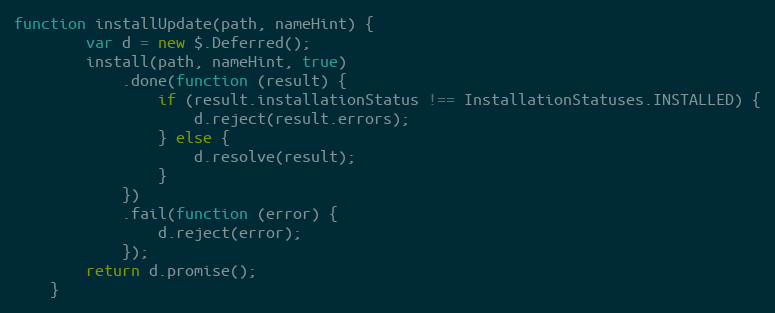
Language: JavaScript
function installUpdate(path, nameHint) {
        var d = new $.Deferred();
        install(path, nameHint, true)
            .done(function (result) {
                if (result.installationStatus !== InstallationStatuses.INSTALLED) {
                    d.reject(result.errors);
                } else {
                    d.resolve(result);
                }
            })
            .fail(function (error) {
                d.reject(error);
            });
        return d.promise();
    }